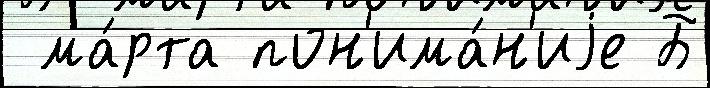
 ма́рта пон'има́н'иjе Б